Report on horse surra - Volume I
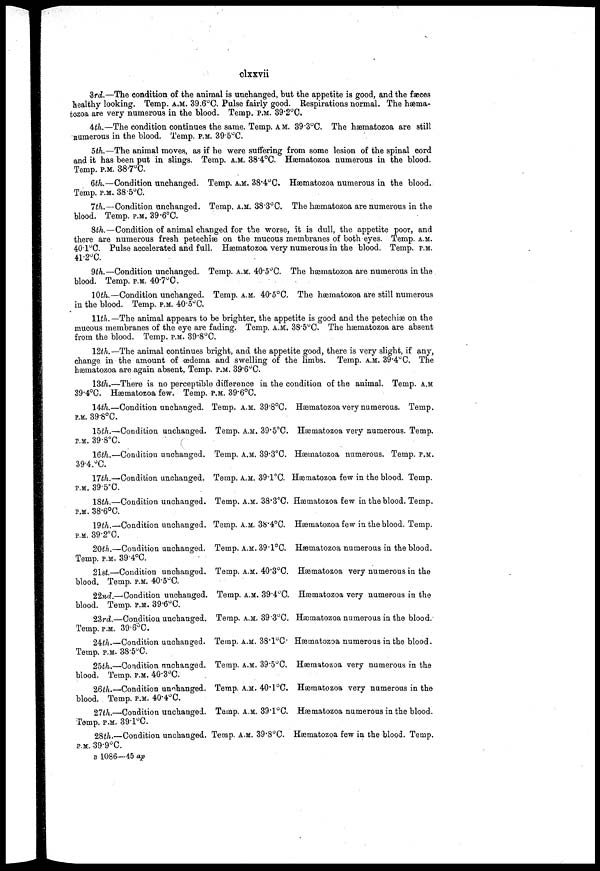
clxxvii
3rd.—The condition of the animal is unchanged, but the appetite is good, and the faeces
healthy looking. Temp. A.M. 39.6°C. Pulse fairly good. Respirations normal. The hæma-
tozoa are very numerous in the blood. Temp. P.M. 39.2°C.
4th.—The condition continues the same. Temp. A M. 39.3°C. The hæmatozoa are still
numerous in the blood. Temp. P.M. 39.5°C.
5th.—The animal moves, as if he were suffering from some lesion of the spinal cord
and it has been put in slings. Temp. A.M. 38.4°C. Hæmatozoa numerous in the blood.
Temp. P.M. 38.7°C.
6th.—Condition unchanged. Temp. A.M. 38.4°C. Hæmatozoa numerous in the blood.
Temp. P.M. 38.5°C.
7th.—Condition unchanged. Temp. A.M. 38.3°C. The hæmatozoa are numerous in the
blood. Temp. P.M. 39.6°C.
8th.—Condition of animal changed for the worse, it is dull, the appetite poor, and
there are numerous fresh petechiæ on the mucous membranes of both eyes. Temp. A.M.
40.1°C. Pulse accelerated and full. Hæmatozoa very numerous in the blood. Temp. P.M.
41.20C.
9th.—Condition unchanged. Temp. A.M. 40.5°C. The hæmatozoa are numerous in the
blood. Temp. P.M. 40.7°C.
10th.—Condition unchanged. Temp. A.M. 40.5°C. The hæmatozoa are still numerous
in the blood. Temp. P.M. 40.5°C.
11th.— The animal appears to be brighter, the appetite is good and the petechiæ on the
mucous membranes of the eye are fading. Temp. A.M. 38.5°C. The hæmatozoa are absent
from the blood. Temp. P.M. 39.8°C.
12th.—The animal continues bright, and the appetite good, there is very slight, if any,
change in the amount of œdema and swelling of the limbs. Temp. A.M. 39.4°C, The
hæmatozoa are again absent. Temp. P.M. 39.6°C.
13th.—There is no perceptible difference in the condition of the animal. Temp. a.m
39.4°C. Hæmatozoa few. Temp. P.M. 39.6°C.
14th.—Condition unchanged. Temp. A.M. 39.8°C. Hæmatozoa verv numerous. Temp.
P.M. 39.8°C.
15th.—Condition unchanged. Temp. A.M. 39.5°C. Hæmatozoa very numerous. Temp.
P.M. 39.8°C.
16th.—Conditiou unchanged. Temp. A.M. 39.3°C. Hæmatozoa numerous. Temp. P.M.
39.4.°C.
17th.—Condition unchanged. Temp. A.M. 39.1°C. Hæmatozoa few in the blood. Temp.
P.M. 39.5.C.
18th.—Condition unchanged. Temp. A.M. 38.3°C. Hæmatozoa few in the blood. Temp.
P.M. 38.6°C.
19th.—Conditiou unchanged. Temp. A.M. 38.4°C. Hæmatozoa few in the blood. Temp.
P.M. 39.2°C.
20th.—Condition unchanged. Temp. A.M. 39.1°C. Hæmatozoa numerous in the blood.
Temp. P.M. 39.4°C.
21st.—Condition unchanged. Temp. A.M. 40.3°C. Hæmatozoa very numerous in the
blood. Temp. P.M. 40.5°C.
22nd.—Condition unchanged. Temp. A.M. 39.4°C. Hæmatozoa very numerous in the
blood. Temp. P.M. 39.6°C.
23rd.—Condition unchanged. Temp. A.M. 39.3°C. Hæmatozoa numerous in the blood.
Temp. P.M. 39.6°C.
24th.—Condition unchanged. Temp. A.M. 38.10C Hæmatozoa numerous in the blood.
Temp. P.M. 38.5°C.
25th.—Condition unchanged. Temp. A.M. 39.5°C. Hæmatozoa very numerous in the
blood. Temp. P.M. 40.3°C.
26th.—Condition unchanged. Temp. A.M. 40.1°C. Hæmatozoa verv numerous in the
blood. Temp. P.M. 40.4°C.
27th.—Condition unchanged. Temp. A.M. 39.1°C. Hæmatozoa numerous in the blood.
Temp. P.M. 39.l°C.
28th—Condition unchanged. Temp. A.M. 39.8°C. Hæmatozoa few in the blood. Temp.
P.M. 39.9°C.
B 1086—45 ap